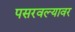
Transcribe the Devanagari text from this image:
पसरवल्यावर